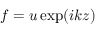
f = u \exp ( i k z )